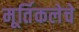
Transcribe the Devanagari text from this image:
मूर्तिकलेचे